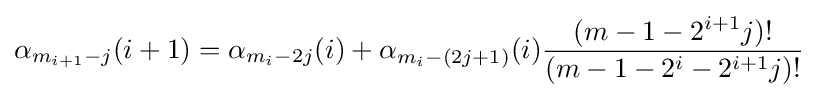
\alpha _{m_{i+1}-j}(i+1)=\alpha _{m_{i}-2j}(i)+\alpha _{m_{i}-(2j+1)}(i){\frac {(m-1-2^{i+1}j)!}{(m-1-2^{i}-2^{i+1}j)!}}